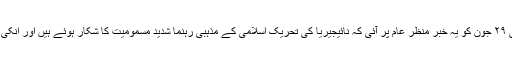
مگر گزشتہ روز یعنی ۲۹ جون کو یہ خبر منظر عام پر آئی کہ نائیجیریا کی تحریک اسلامی کے مذہبی رہنما شدید مسمومیت کا شکار ہوئے ہیں اور انکی حالت ٹھیک نہیں ہے۔